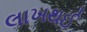
લાખથઈ